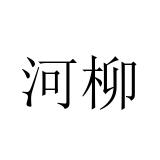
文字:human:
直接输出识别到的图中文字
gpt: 河柳